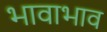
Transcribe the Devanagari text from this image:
भावाभाव